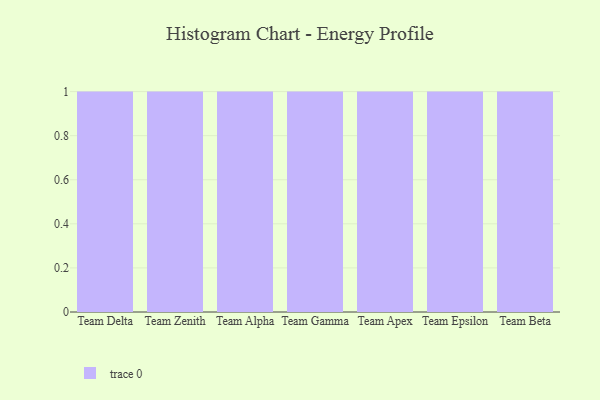
{"axis": {"x": "Team", "y": "Churn Rate (%)"}, "legend": [""], "data": [{"x": "Team Delta", "y": 64, "type": ""}, {"x": "Team Zenith", "y": 39, "type": ""}, {"x": "Team Alpha", "y": 82, "type": ""}, {"x": "Team Gamma", "y": 71, "type": ""}, {"x": "Team Apex", "y": 21, "type": ""}, {"x": "Team Epsilon", "y": 58, "type": ""}, {"x": "Team Beta", "y": 35, "type": ""}]}